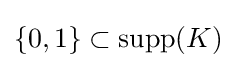
\{0,1\}\subset {\text{supp}}(K)